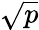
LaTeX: \sqrt{p}